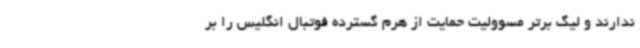
ندارند و لیگ برتر مسوولیت حمایت از هرم گسترده فوتبال انگلیس را بر